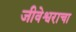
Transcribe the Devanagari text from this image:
जीवेश्वराचा